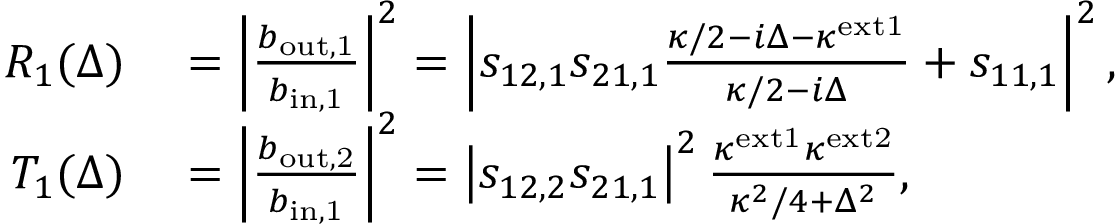
\begin{array} { r l } { R _ { 1 } ( \Delta ) } & { { } = \left| \frac { b _ { \mathrm { o u t , 1 } } } { b _ { \mathrm { i n , 1 } } } \right| ^ { 2 } = \left| s _ { 1 2 , 1 } s _ { 2 1 , 1 } \frac { \kappa / 2 - i \Delta - \kappa ^ { \mathrm { e x t 1 } } } { \kappa / 2 - i \Delta } + s _ { 1 1 , 1 } \right| ^ { 2 } , } \\ { T _ { 1 } ( \Delta ) } & { { } = \left| \frac { b _ { \mathrm { o u t , 2 } } } { b _ { \mathrm { i n , 1 } } } \right| ^ { 2 } = \left| s _ { 1 2 , 2 } s _ { 2 1 , 1 } \right| ^ { 2 } \frac { \kappa ^ { \mathrm { e x t 1 } } \kappa ^ { \mathrm { e x t 2 } } } { \kappa ^ { 2 } / 4 + \Delta ^ { 2 } } , } \end{array}